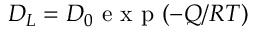
{ { D } _ { L } } = { { D } _ { 0 } } \mathrm { ~ e ~ x ~ p ~ } ( - Q / R T )